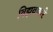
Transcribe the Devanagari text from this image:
विझवणारे